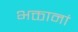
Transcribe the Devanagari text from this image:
भक्तानां